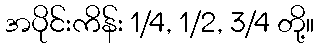
အပိုင်းကိန်း 1/4, 1/2, 3/4 တို့။